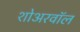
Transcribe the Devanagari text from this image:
शोअरवॉल